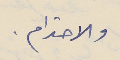
والاحترام.